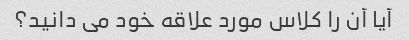
آیا آن را کلاس مورد علاقه خود می دانید؟